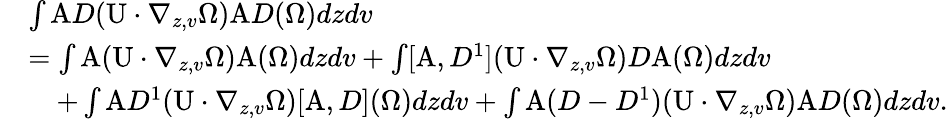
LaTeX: \begin{array}{rl}&{\int\mathrm{A}D(\mathrm{U}\cdot\nabla_{z,v}\Omega)\mathrm{A}D(\Omega)dzdv}\\ &{=\int\mathrm{A}(\mathrm{U}\cdot\nabla_{z,v}\Omega)\mathrm{A}(\Omega)dzdv+\int[\mathrm{A},D^{1}](\mathrm{U}\cdot\nabla_{z,v}\Omega)D\mathrm{A}(\Omega)dzdv}\\ &{\quad+\int\mathrm{A}D^{1}(\mathrm{U}\cdot\nabla_{z,v}\Omega)[\mathrm{A},D](\Omega)dzdv+\int\mathrm{A}(D-D^{1})(\mathrm{U}\cdot\nabla_{z,v}\Omega)\mathrm{A}D(\Omega)dzdv.}\end{array}